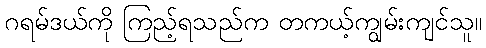
ဂရမ်ဒယ်ကို ကြည့်ရသည်က တကယ့်ကျွမ်းကျင်သူ။